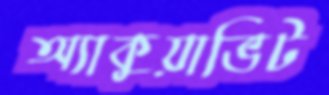
অ্যাকুয়াভিট